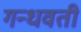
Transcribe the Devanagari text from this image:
गन्धवती